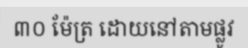
៣០ ម៉ែត្រ ដោយនៅតាមផ្លូវ